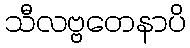
သီလဗ္ဗတေနာပိ